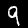
Label: 9